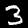
Label: 3